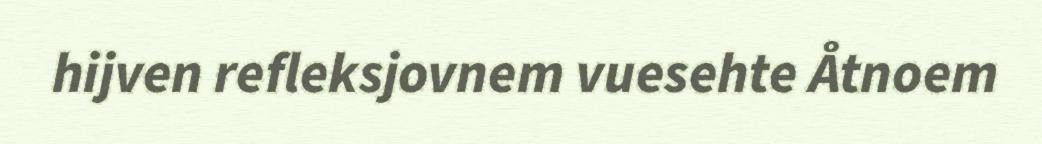
hijven refleksjovnem vuesehte Åtnoem